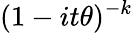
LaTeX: \! \, (1-it\theta)^{-k}